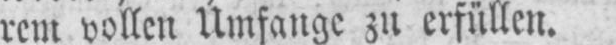
rem vollen Umfange zu erfüllen.